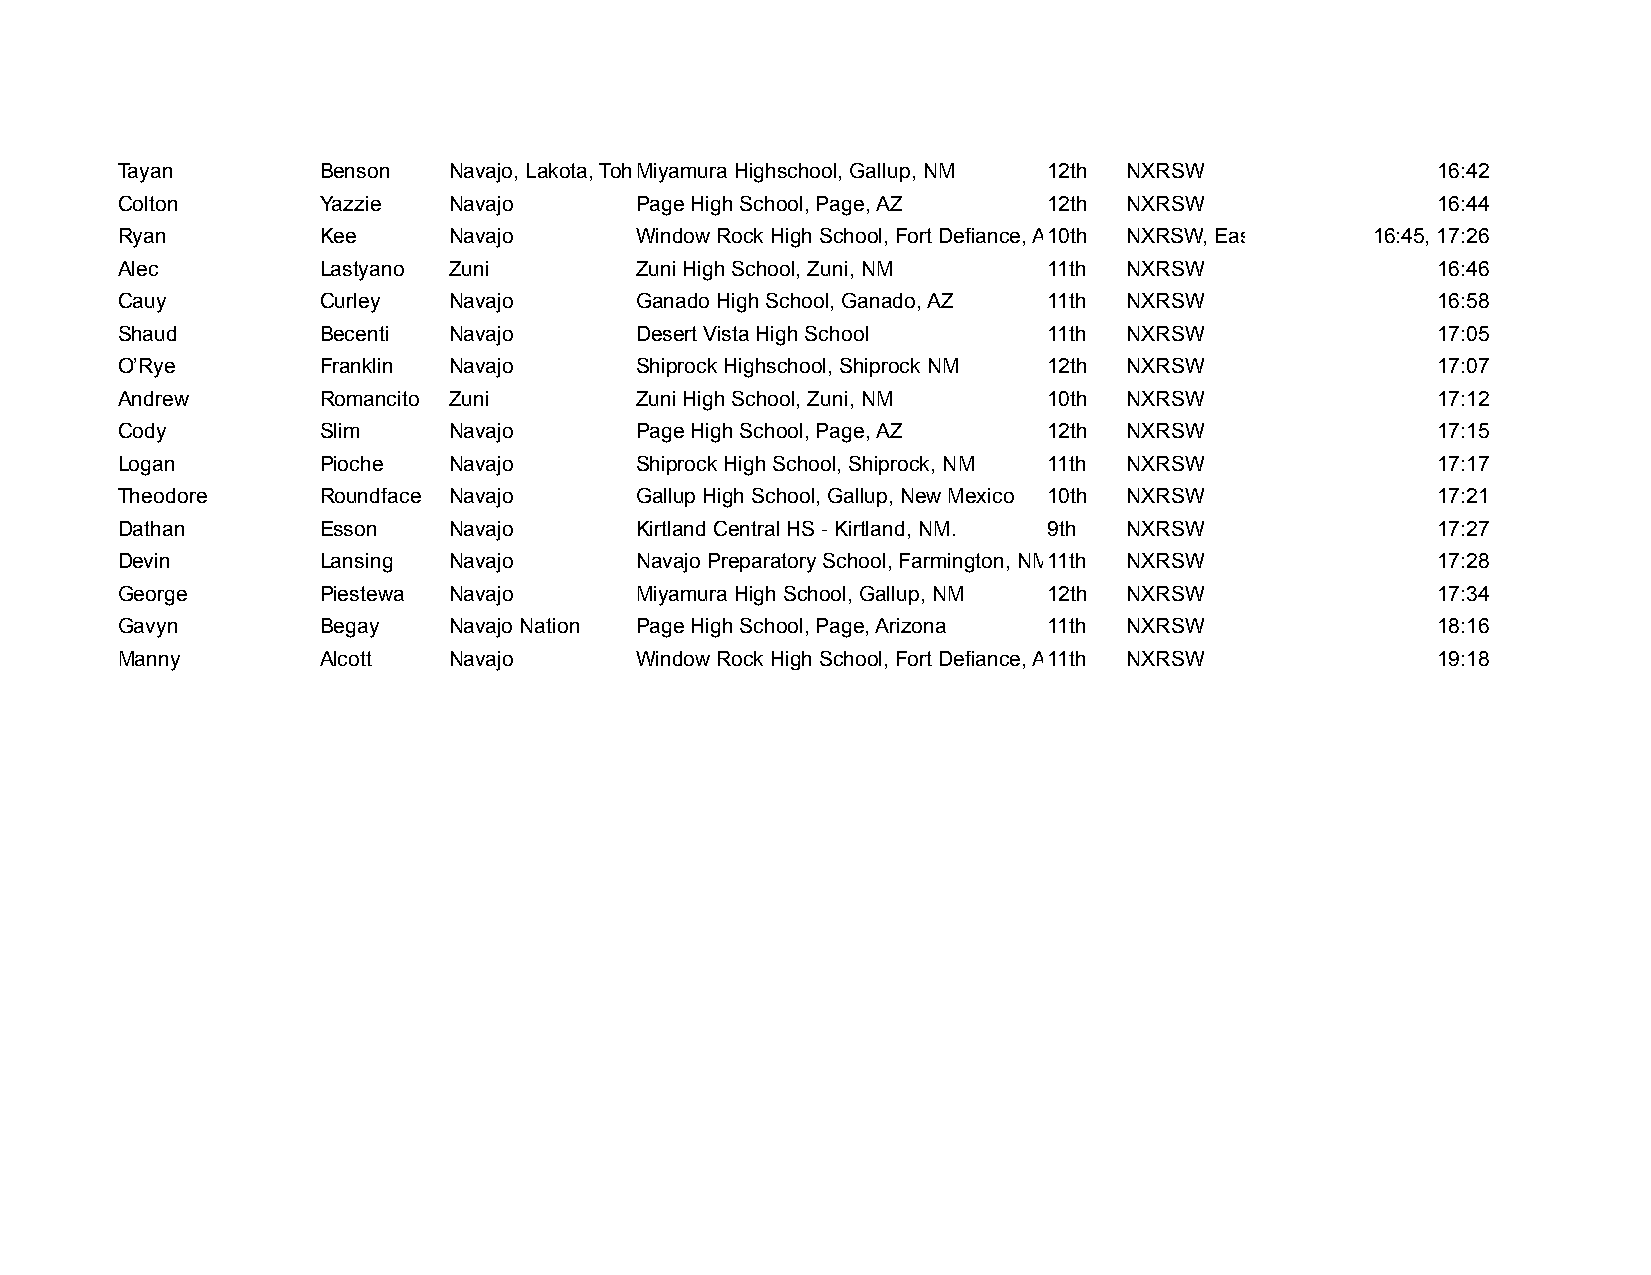
Tayan        Benson   Navajo, Lakota, TohoMnioya Omoudrhaa Hmighschool, Gallup, NM 12th NXRSW 16:42
 Colton       Yazzie   Navajo      Page High School, Page, AZ 12th  NXRSW               16:44
 Ryan         Kee      Navajo      Window Rock High School, Fort Defiance, AZ10th NXRSW, Eastbay West 16:45, 17:26
 Alec         Lastyano Zuni        Zuni High School, Zuni, NM 11th  NXRSW               16:46
 Cauy         Curley   Navajo      Ganado High School, Ganado, AZ 11th NXRSW            16:58
 Shaud        Becenti  Navajo      Desert Vista High School   11th  NXRSW               17:05
 O’Rye        Franklin Navajo      Shiprock Highschool, Shiprock NM 12th NXRSW          17:07
 Andrew       Romancito Zuni       Zuni High School, Zuni, NM 10th  NXRSW               17:12
 Cody         Slim     Navajo      Page High School, Page, AZ 12th  NXRSW               17:15
 Logan        Pioche   Navajo      Shiprock High School, Shiprock, NM 11th NXRSW        17:17
 Theodore     Roundface Navajo     Gallup High School, Gallup, New Mexico 10th NXRSW    17:21
 Dathan       Esson    Navajo      Kirtland Central HS - Kirtland, NM. 9th NXRSW        17:27
 Devin        Lansing  Navajo      Navajo Preparatory School, Farmington, NM1 1th NXRSW 17:28
 George       Piestewa Navajo      Miyamura High School, Gallup, NM 12th NXRSW          17:34
 Gavyn        Begay    Navajo Nation Page High School, Page, Arizona 11th NXRSW         18:16
 Manny        Alcott   Navajo      Window Rock High School, Fort Defiance, AZ11th NXRSW 19:18